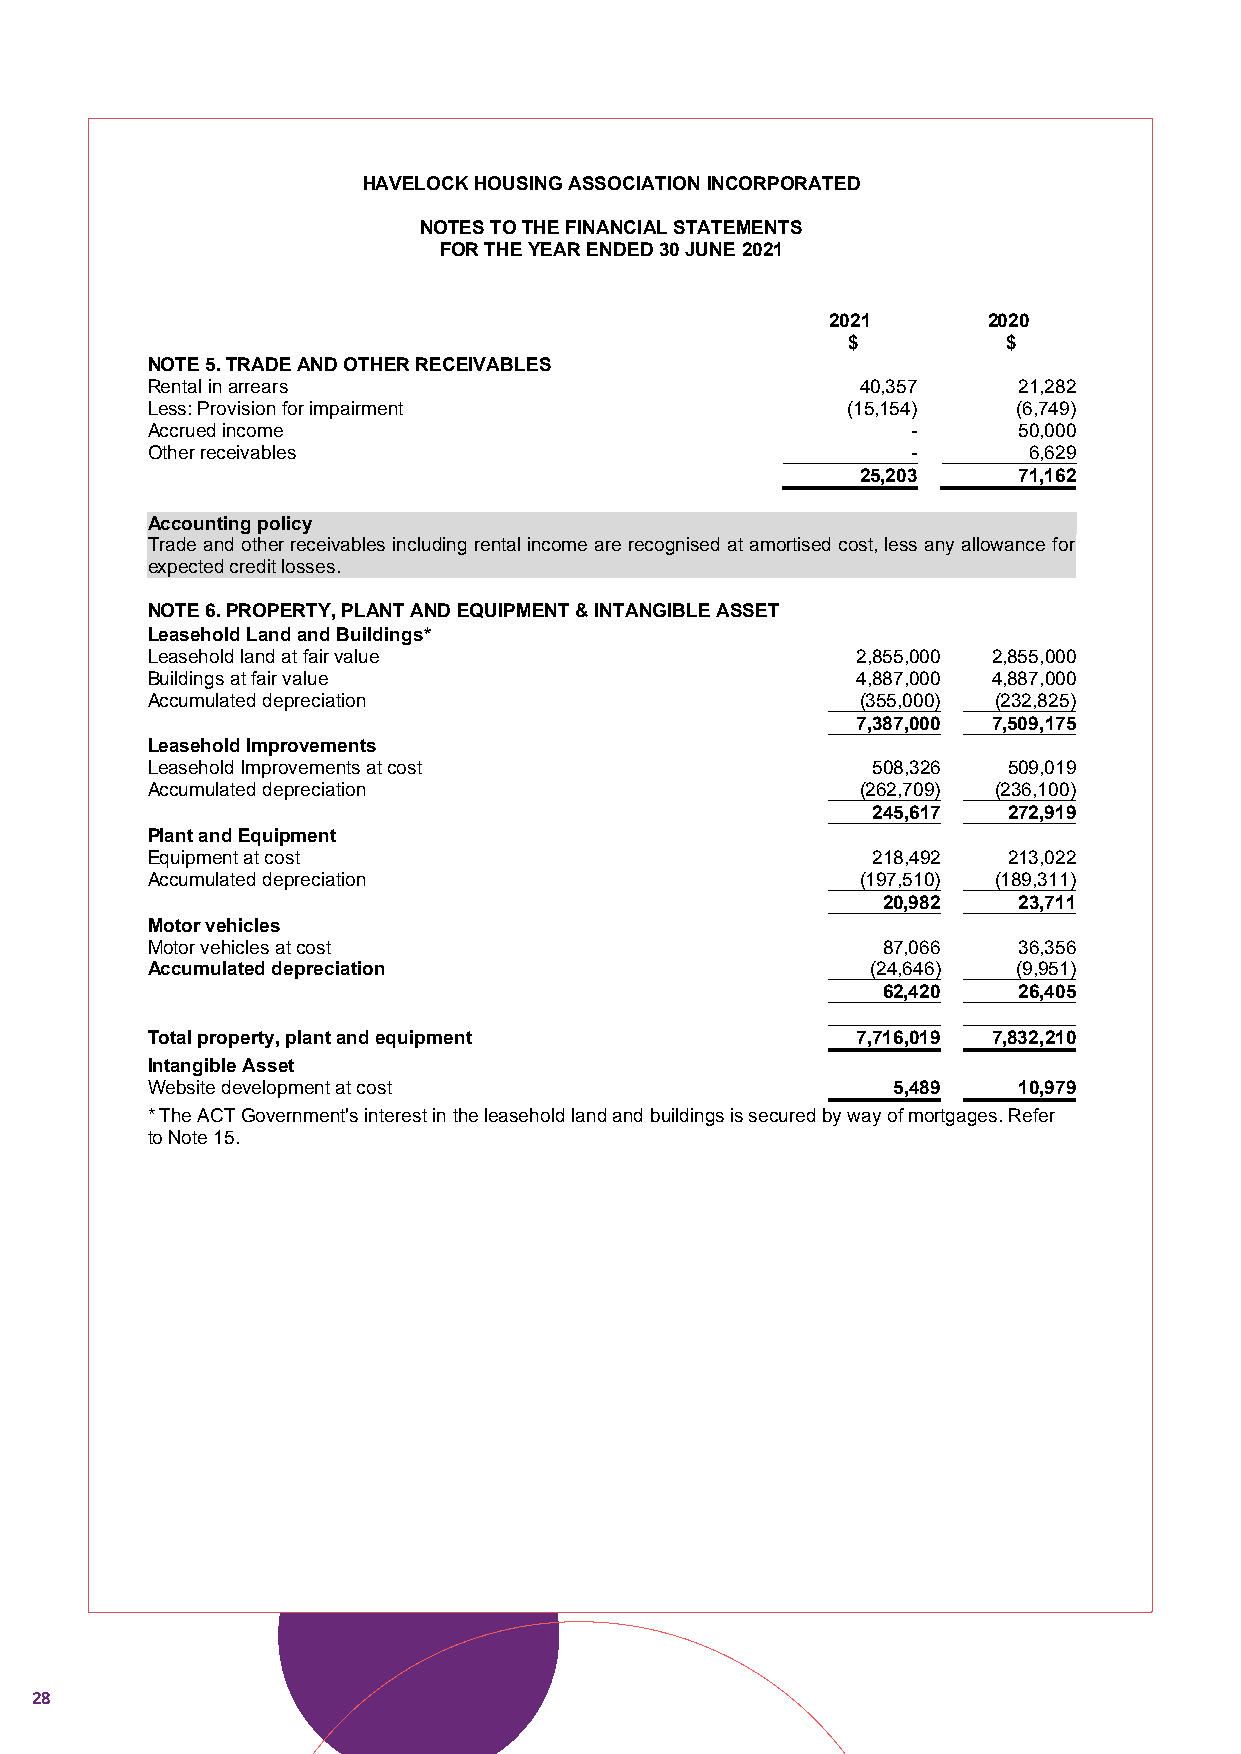
HAVELOCK HOUSING ASSOCIATION INCORPORATED
 NOTES TO THE FINANCIAL STATEMENTS
 FOR THE YEAR ENDED 30 JUNE 2021
 2021      2020
 $          $
 NOTE 5. TRADE AND OTHER RECEIVABLES
 Rental in arrears                              40,357    21,282
 Less: Provision for impairment                (15,154)   (6,749)
 Accrued income                                    -      50,000
 Other receivables                                 -       6,629
 25,203    71,162
 Accounting policy
 Trade and other receivables including rental income are recognised at amortised cost, less any allowance for
 expected credit losses.
 N OTE 6. PROPERTY, PLANT AND EQUIPMENT & INTANGIBLE AS SET
 Leasehold Land and Buildings*
 Leasehold land at fair value                   2,855,000 2,855,000
 Buildings at fair value                        4,887,000 4,887,000
 Accumulated depreciation                       (355,000) (232,825)
 7,387,000 7,509,175
 Leasehold Improvements
 Leasehold Improvements at cost                  508,326  509,019
 Accumulated depreciation                       (262,709) (236,100)
 245,617  272,919
 Plant and Equipment
 Equipment at cost                               218,492  213,022
 Accumulated depreciation                       (197,510) (189,311)
 20,982   23,711
 Motor vehicles
 Motor vehicles at cost                          87,066   36,356
 Accumulated depreciation                        (24,646) (9,951)
 62,420   26,405
 Total property, plant and equipment            7,716,019 7,832,210
 Intangible Asset
 Website development at cost                      5,489   10,979
 * The ACT Government's interest in the leasehold land and buildings is secured by way of mortgages. Refer
 to Note 15.
 12
 28